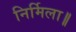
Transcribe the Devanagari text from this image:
निर्मिला॥